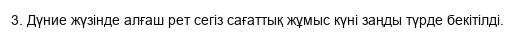
3. Дүние жүзінде алғаш рет сегіз сағаттық жұмыс күні заңды түрде бекітілді.